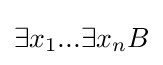
\exists x_{1}...\exists x_{n}B